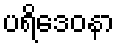
ပရိဒေဝနာ